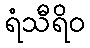
ရံသီရိဝ